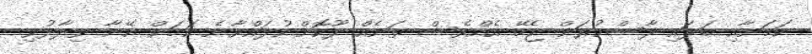
ކަމަށާއި ބަލައި ފާސްކުރަން ޖެހޭ އެއްވެސް ތަނެއް ދޫކޮށްނުލައްވާނެ ކަމަށް އޭނާ ވިދާޅުވި